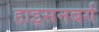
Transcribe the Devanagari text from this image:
हाइसनबर्ग